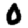
Digit: 0